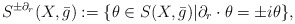
\begin{align*} S^{\pm\partial_r}(X,\bar{g}):=\{\theta\in S(X,\bar{g})| \partial_r\cdot\theta=\pm i\theta\}, \end{align*}